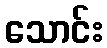
သောင်း